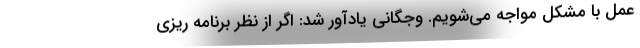
عمل با مشکل مواجه می‌شویم. وجگانی یادآور شد: اگر از نظر برنامه ریزی